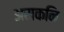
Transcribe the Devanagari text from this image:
अराकनि